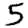
Digit: 5